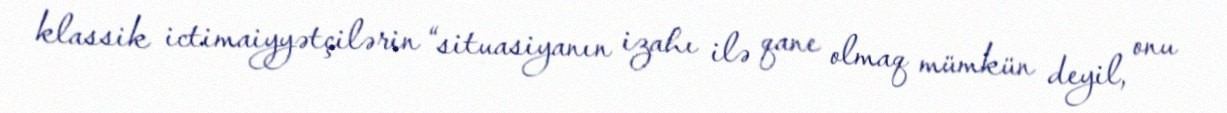
klassik ictimaiyyətçilərin “situasiyanın izahı ilə qane olmaq mümkün deyil, onu